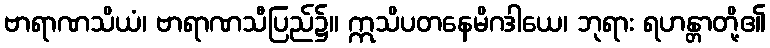
ဗာရာဏသိယံ၊ ဗာရာဏသီပြည်၌။ ဣသိပတနေမိဂဒါယေ၊ ဘုရား ရဟန္တာတို့၏